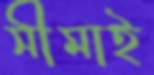
সীমাই